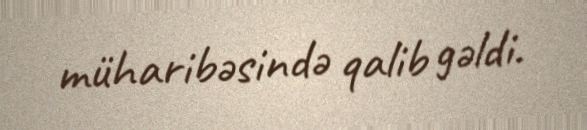
müharibəsində qalib gəldi.